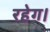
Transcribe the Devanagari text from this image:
रहेग।